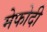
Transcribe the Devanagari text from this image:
मेफोदी